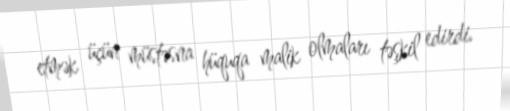
etmək üçün müstəsna hüquqa malik olmaları təşkil edirdi.